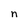
Character: n